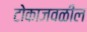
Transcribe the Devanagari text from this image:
टोकाजवळील